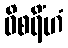
ဝိစရိံဟံ